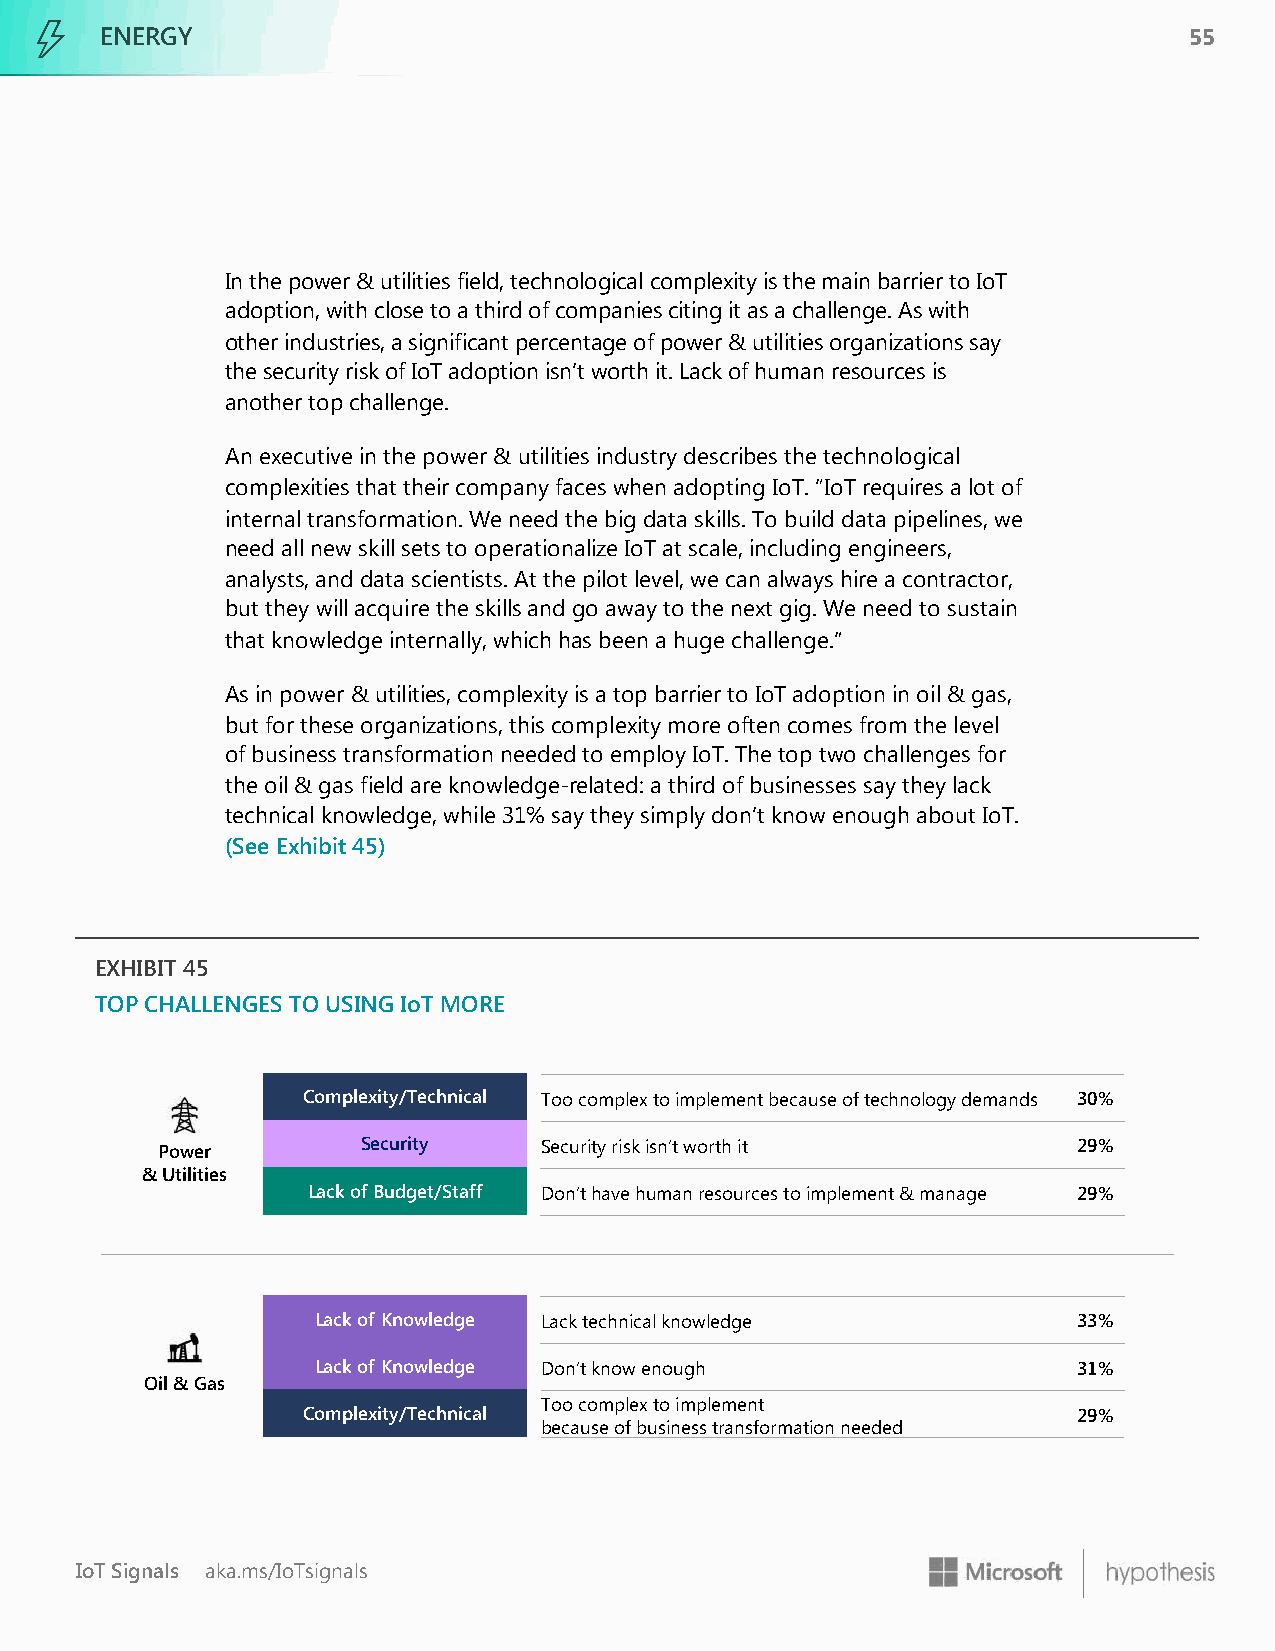
ENERGY                                                                  55
 In the power & utilities field, technological complexity is the main barrier to IoT
 adoption, with close to a third of companies citing it as a challenge. As with
 other industries, a significant percentage of power & utilities organizations say
 the security risk of IoT adoption isn’t worth it. Lack of human resources is
 another top challenge.
 An executive in the power & utilities industry describes the technological
 complexities that their company faces when adopting IoT. “IoT requires a lot of
 internal transformation. We need the big data skills. To build data pipelines, we
 need all new skill sets to operationalize IoT at scale, including engineers,
 analysts, and data scientists. At the pilot level, we can always hire a contractor,
 but they will acquire the skills and go away to the next gig. We need to sustain
 that knowledge internally, which has been a huge challenge.”
 As in power & utilities, complexity is a top barrier to IoT adoption in oil & gas,
 but for these organizations, this complexity more often comes from the level
 of business transformation needed to employ IoT. The top two challenges for
 the oil & gas field are knowledge-related: a third of businesses say they lack
 technical knowledge, while 31% say they simply don’t know enough about IoT.
 (See Exhibit 45)
 EXHIBIT 45
 TOP CHALLENGES TO USING IoT MORE
 Complexity/Technical Too complex to implement because of technology demands 30%
 Power         Security    Security risk isn’t worth it       29%
 & Utilities
 Lack of Budget/Staff Don’t have human resources to implement & manage 29%
 Lack of Knowledge Lack technical knowledge        33%
 Lack of Knowledge Don’t know enough               31%
 Oil & Gas
 Too complex to implement
 Complexity/Technical                               29%
 because of business transformation needed
 IoT Signals aka.ms/IoTsignals